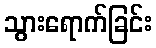
သွားရောက်ခြင်း